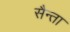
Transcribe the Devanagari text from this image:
सैन्ता